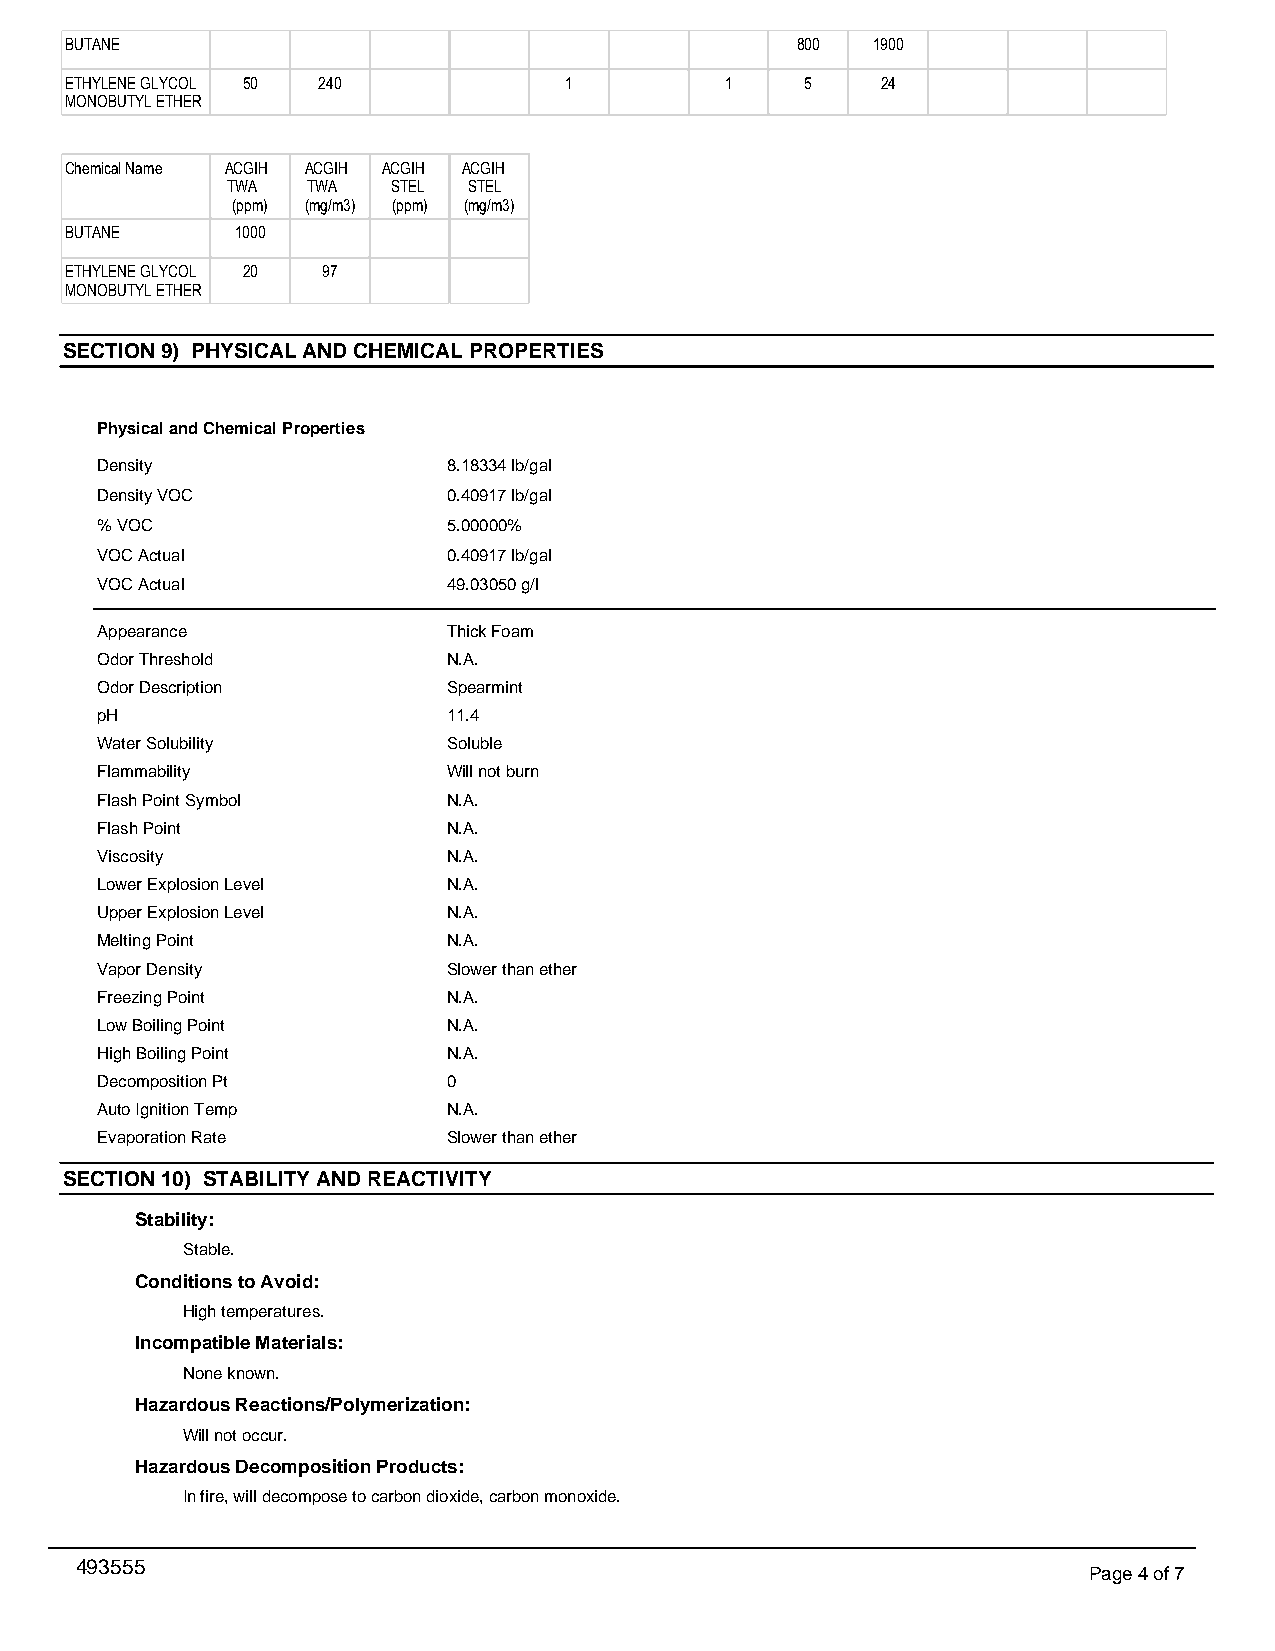
BUTANE                                           800  1900
 ETHYLENE GLYCOL 50 240           1          1    5    24
 MONOBUTYL ETHER
 Chemical Name ACGIH ACGIH ACGIH ACGIH
 TWA  TWA   STEL STEL
 (ppm) (mg/m3) (ppm) (mg/m3)
 BUTANE      1000
 ETHYLENE GLYCOL 20 97
 MONOBUTYL ETHER
 SECTION 9) PHYSICAL AND CHEMICAL PROPERTIES
 Physical and Chemical Properties
 Density                 8.18334 lb/gal
 Density VOC             0.40917 lb/gal
 % VOC                   5.00000%
 VOC Actual              0.40917 lb/gal
 VOC Actual              49.03050 g/l
 Appearance              Thick Foam
 Odor Threshold          N.A.
 Odor Description        Spearmint
 pH                      11.4
 Water Solubility        Soluble
 Flammability            Will not burn
 Flash Point Symbol      N.A.
 Flash Point             N.A.
 Viscosity               N.A.
 Lower Explosion Level   N.A.
 Upper Explosion Level   N.A.
 Melting Point           N.A.
 Vapor Density           Slower than ether
 Freezing Point          N.A.
 Low Boiling Point       N.A.
 High Boiling Point      N.A.
 Decomposition Pt        0
 Auto Ignition Temp      N.A.
 Evaporation Rate        Slower than ether
 SECTION 10) STABILITY AND REACTIVITY
 Stability:
 Stable.
 Conditions to Avoid:
 High temperatures.
 Incompatible Materials:
 None known.
 Hazardous Reactions/Polymerization:
 Will not occur.
 Hazardous Decomposition Products:
 In fire, will decompose to carbon dioxide, carbon monoxide.
 493555
 Page 4 of 7